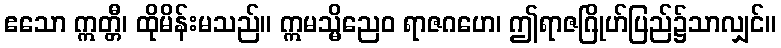
ဧသော ဣတ္တီ၊ ထိုမိန်းမသည်။ ဣမသ္မိညေဝ ရာဇဂဟေ၊ ဤရာဇဂြိုဟ်ပြည်၌သာလျှင်။